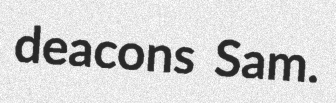
deacons Sam.